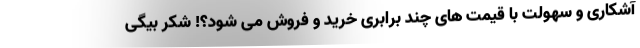
آشکاری و سهولت با قیمت های چند برابری خرید و فروش می شود؟! شکر بیگی